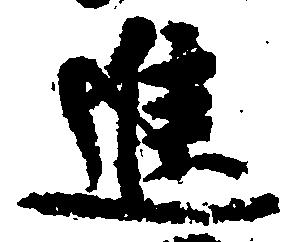
進